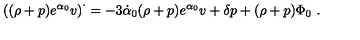
\left( ( \rho + p ) e ^ { \alpha _ { 0 } } v \right) ^ { \cdot } = - 3 \dot { \alpha } _ { 0 } ( \rho + p ) e ^ { \alpha _ { 0 } } v + \delta p + ( \rho + p ) \Phi _ { 0 } \ .